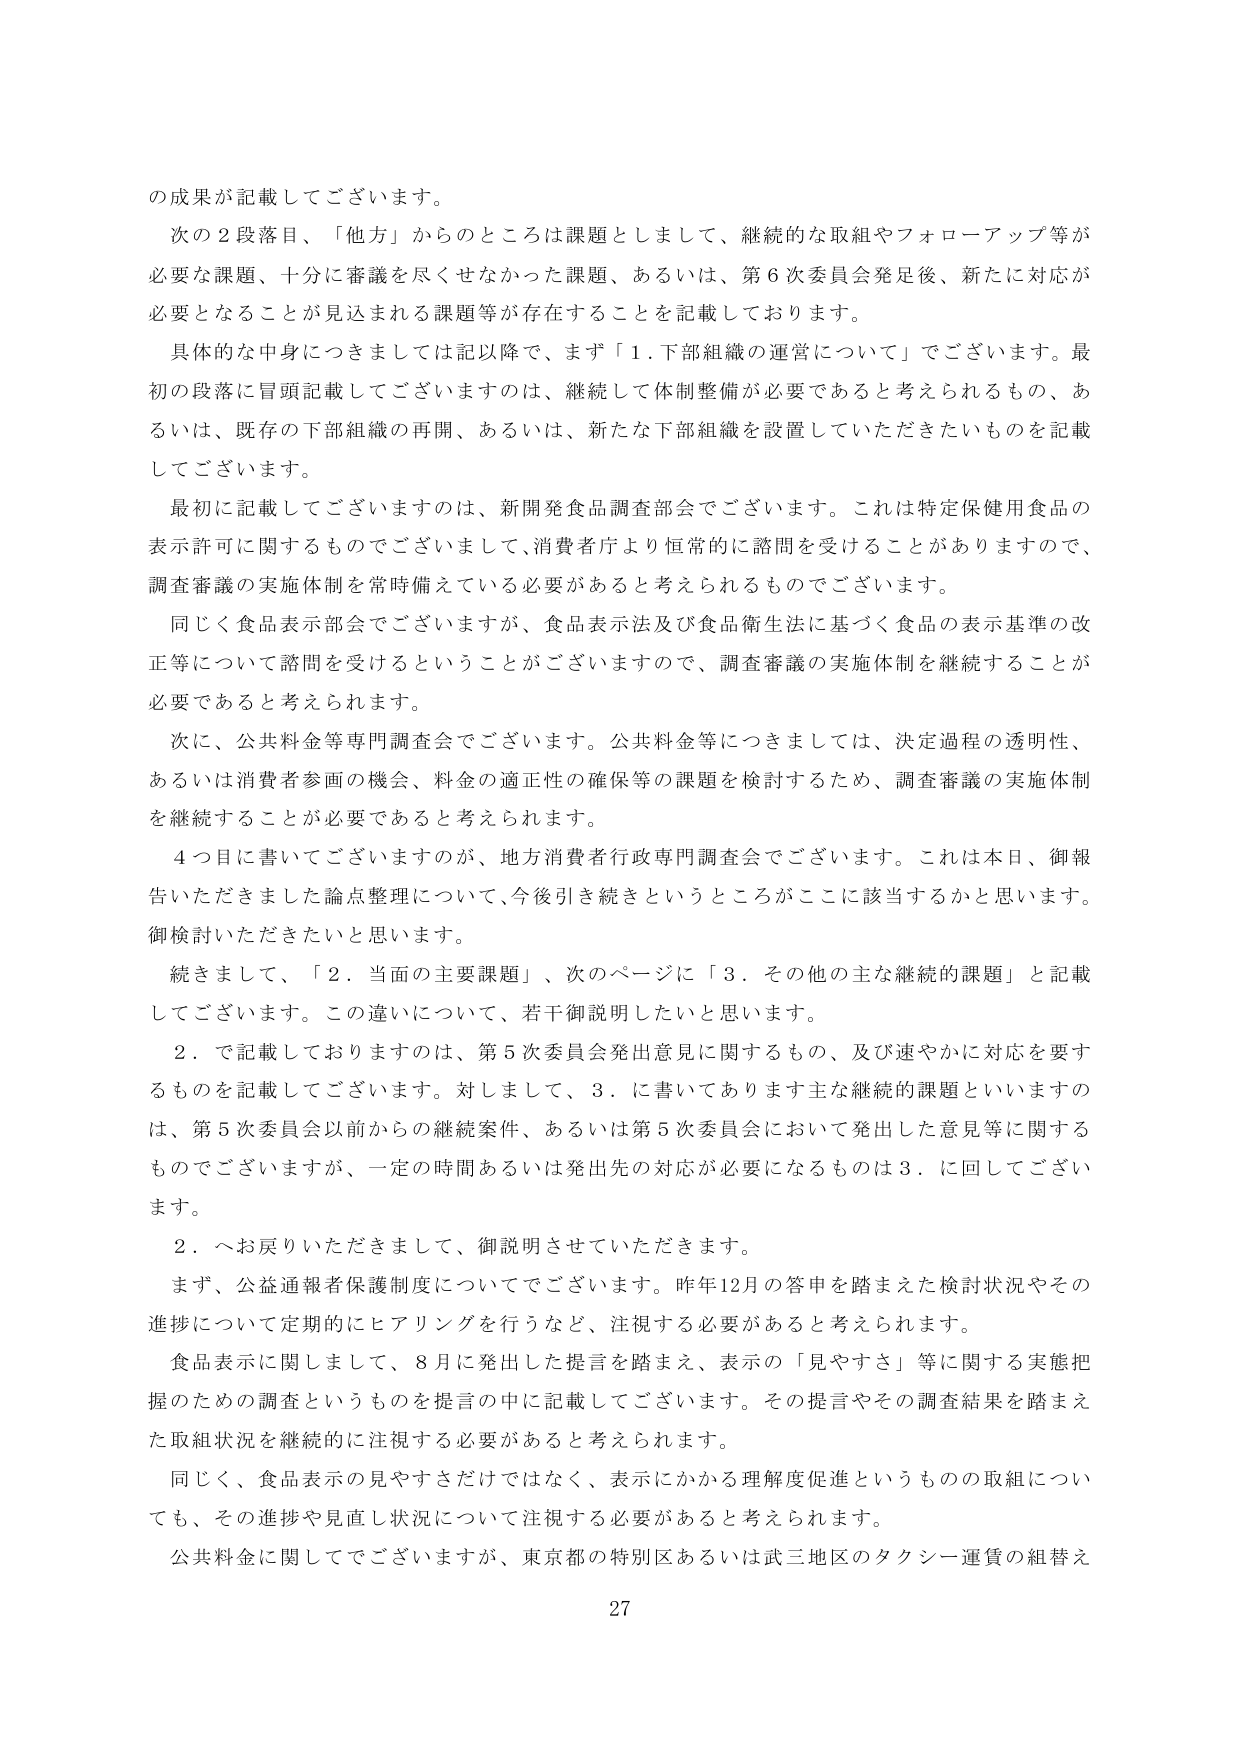
の成果が記載してございます。

次の２段落目、「他方」からのところは課題としまして、継続的な取組やフォローアップ等が必要な課題、十分に審議を尽くせなかった課題、あるいは、第６次委員会発足後、新たに対応が必要となることが見込まれる課題等が存在することを記載しております。

具体的な中身につきましては記以降で、まず「１．下部組織の運営について」でございます。最初の段落に冒頭記載してございますのは、継続して体制整備が必要であると考えられるもの、あるいは、既存の下部組織の再開、あるいは、新たな下部組織を設置していただきたいものを記載してございます。

最初に記載してございますのは、新開発食品調査部会でございます。これは特定保健用食品の表示許可に関するものでございまして、消費者庁より恒常的に諮問を受けることがありますので、調査審議の実施体制を常時備えている必要があると考えられるものでございます。

同じく食品表示部会でございますが、食品表示法及び食品衛生法に基づく食品の表示基準の改正等について諮問を受けるということがございますので、調査審議の実施体制を継続することが必要であると考えられます。

次に、公共料金等専門調査会でございます。公共料金等につきましては、決定過程の透明性、あるいは消費者参画の機会、料金の適正性の確保等の課題を検討するため、調査審議の実施体制を継続することが必要であると考えられます。

４つ目に書いてございますのが、地方消費者行政専門調査会でございます。これは本日、御報告いただきました論点整理について、今後引き続きというところがここに該当するかと思います。御検討いただきたいと思います。

続きまして、「２．当面の主要課題」、次のページに「３．その他の主な継続的課題」と記載してございます。この違いについて、若干御説明したいと思います。

２．で記載しておりますのは、第５次委員会発出意見に関するもの、及び速やかに対応を要するものを記載してございます。対しまして、３．に書いてあります主な継続的課題といいますのは、第５次委員会以前からの継続案件、あるいは第５次委員会において発出した意見等に関するものでございますが、一定の時間あるいは発出先の対応が必要になるものは３．に回してございます。

２．へお戻りいただきまして、御説明させていただきます。

まず、公益通報者保護制度についてでございます。昨年12月の答申を踏まえた検討状況やその進捗について定期的にヒアリングを行うなど、注視する必要があると考えられます。

食品表示に関しまして、８月に発出した提言を踏まえ、表示の「見やすさ」等に関する実態把握のための調査というものを提言の中に記載してございます。その提言やその調査結果を踏まえた取組状況を継続的に注視する必要があると考えられます。

同じく、食品表示の見やすさだけではなく、表示にかかる理解度促進というものの取組についても、その進捗や見直し状況について注視する必要があると考えられます。

公共料金に関してでございますが、東京都の特別区あるいは武三地区のタクシー運賃の組替え

27